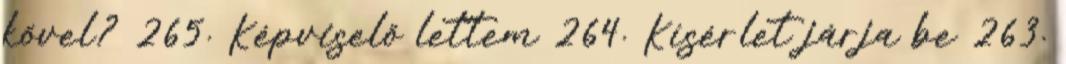
kővel? 265. Képviselő lettem 264. Kísérlet járja be 263.